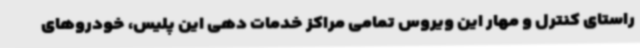
راستای کنترل و مهار این ویروس تمامی مراکز خدمات دهی این پلیس، خودروهای